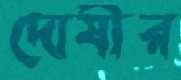
দোষীর